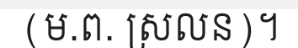
(ម.ព. ស្រលន)។